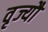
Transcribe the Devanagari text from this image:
वृज्यौ